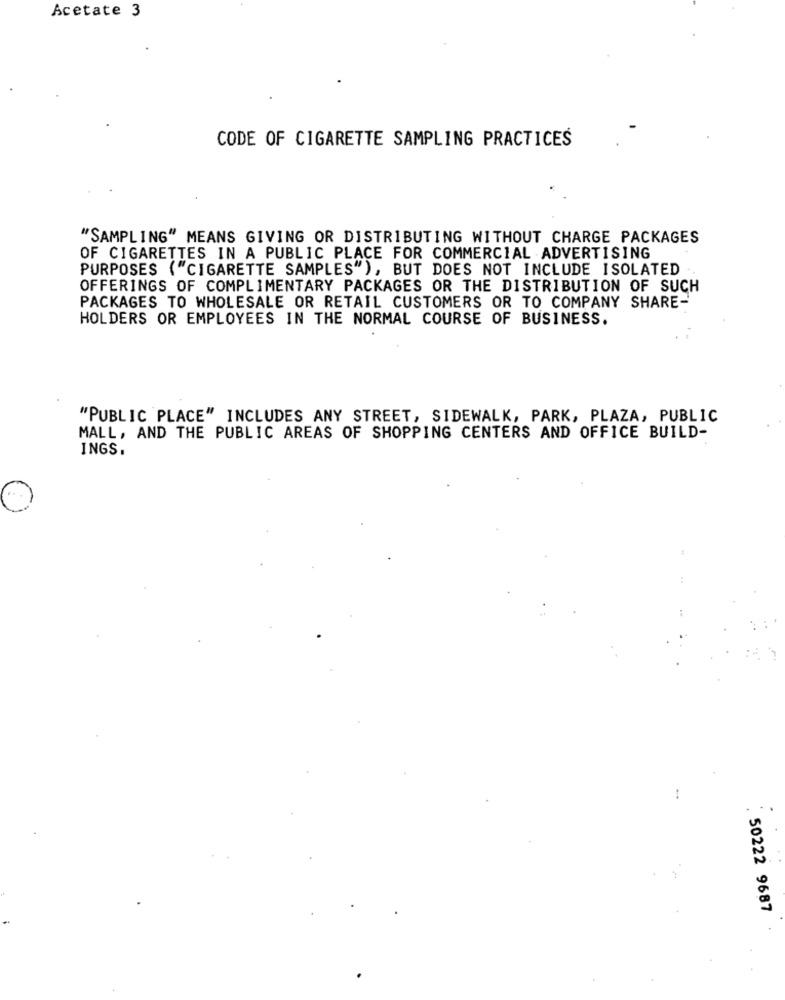
Acetate 3
CODE OF CIGARETTE SAMPLING PRACTICES
"SAMPLING" MEANS GIVING OR DISTRIBUTING WITHOUT CHARGE PACKAGES
OF CIGARETTES IN A PUBLIC PLACE FOR COMMERCIAL ADVERTISING
PURPOSES {"CIGARETTE SAMPLES"), BUT DOES NOT INCLUDE ISOLATED
OFFERINGS OF COMPLIMENTARY PACKAGES OR THE DISTRIBUTION OF SUCH
PACKAGES TO WHOLESALE OR RETAIL CUSTOMERS OR TO COMPANY SHARE-
HOLDERS OR EMPLOYEES IN THE NORMAL COURSE OF BUSINESS.
"PUBLIC PLACE" INCLUDES ANY STREET, SIDEWALK, PARK, PLAZA, PUBLIC
MALL, AND THE PUBLIC AREAS OF SHOPPING CENTERS AND OFFICE BUILD-
INGS.
..
50222 9687